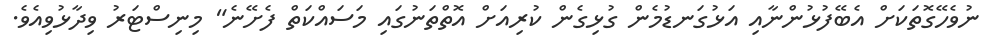
ނުވެހޭގޮތަކަށް އެބޭފުޅުންނާއި އަޅުގަނޑުމެން ގުޅިގެން ކުރިއަށް އޮތްތަނުގައި މަސައްކަތް ފެށޭނެ" މިނިސްޓަރު ވިދާޅުވިއެވެ.